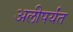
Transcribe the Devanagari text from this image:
अलीपर्यंत